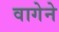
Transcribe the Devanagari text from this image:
वागेने